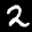
Label: 2